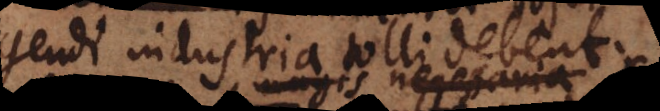
ndi industria tolli debent;